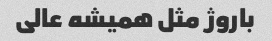
باروژ مثل همیشه عالی